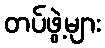
တပ်ဖွဲ့များ